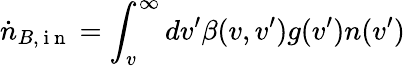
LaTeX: \dot{n}_{B,\mathrm{~i~n~}}=\int_{v}^{\infty}dv^{\prime}\beta(v,v^{\prime})g(v^{\prime})n(v^{\prime})